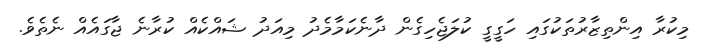
މިކުރާ އިންތިޒާރުތަކުގައި ހަގީގީ ކުލަޖެހިގެން ދާނެކަމާމެދު މިއަދު ޝައްކެއް ކުރާނެ ޖާގައެއް ނެތެވެ.